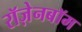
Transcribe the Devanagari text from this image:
रॉज़ेनबॉम